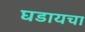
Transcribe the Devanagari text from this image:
घडायचा